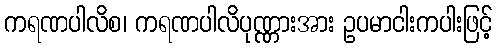
ကရဏပါလိစ၊ ကရဏပါလိပုဏ္ဏားအား ဥပမာငါးကပါးဖြင့်